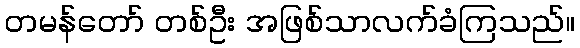
တမန်တော် တစ်ဦး အဖြစ်သာလက်ခံကြသည်။